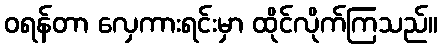
ဝရန်တာ လှေကားရင်းမှာ ထိုင်လိုက်ကြသည်။